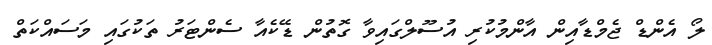
ލޯ އެންޑް ޖެމްޑާއިން އާންމުކުރި އުސޫލްގައިވާ ގޮތުން ޑޭކެއާ ސެންޓަރު ތަކުގައި މަސައްކަތް